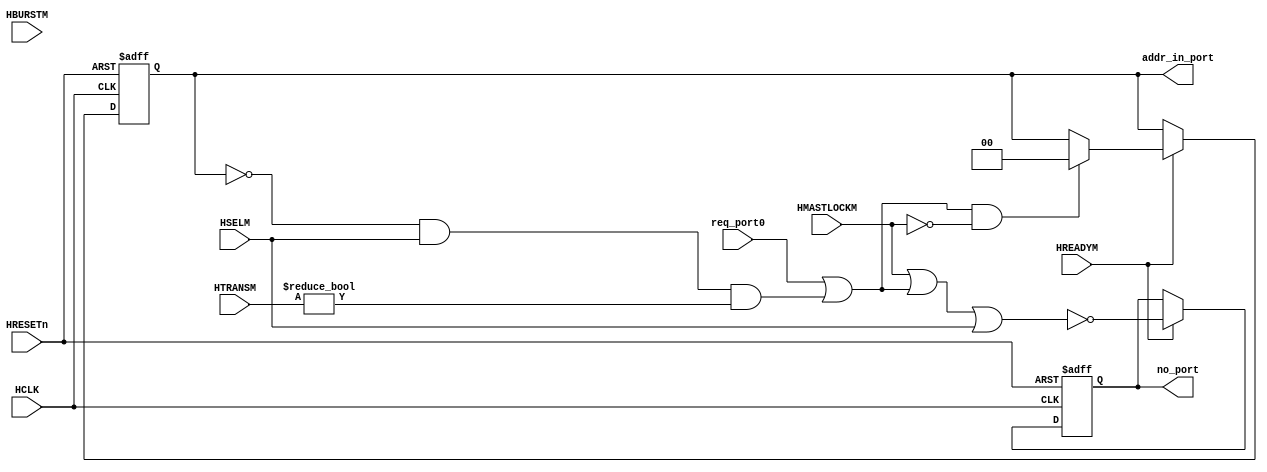
//-----------------------------------------------------------------------------
// The confidential and proprietary information contained in this file may
// only be used by a person authorised under and to the extent permitted
// by a subsisting licensing agreement from ARM Limited.
//
//            (C) COPYRIGHT 2001-2013-2021 ARM Limited.
//                ALL RIGHTS RESERVED
//
// This entire notice must be reproduced on all copies of this file
// and copies of this file may only be made by a person if such person is
// permitted to do so under the terms of a subsisting license agreement
// from ARM Limited.
//
//      SVN Information
//
//      Checked In          : $Date: 2012-10-15 18:01:36 +0100 (Mon, 15 Oct 2012) $
//
//      Revision            : $Revision: 225465 $
//
//      Release Information : Cortex-M System Design Kit-r1p0-01rel0
//
//-----------------------------------------------------------------------------
//
//------------------------------------------------------------------------------
//  Abstract             : The Output Arbitration is normally used to determine
//                         which of the input stages will be given access to
//                         the shared slave. However, for this output port, only
//                         one sparse connection is declared and arbitration
//                         is simplified to a 'grant when requested' function.
//
//  Notes               : The bus matrix has sparse connectivity and the
//                         burst arbiter scheme has been overridden for this
//                         instance only.
//
//-----------------------------------------------------------------------------

`timescale 1ns/1ps

module RealTankSoCBusArbM1 (

    // Common AHB signals
    HCLK ,
    HRESETn,

    // Input port request signals
    req_port0,

    HREADYM,
    HSELM,
    HTRANSM,
    HBURSTM,
    HMASTLOCKM,

    // Arbiter outputs
    addr_in_port,
    no_port

    );


// -----------------------------------------------------------------------------
// Input and Output declarations
// -----------------------------------------------------------------------------

    // Common AHB signals
    input        HCLK;         // AHB system clock
    input        HRESETn;      // AHB system reset

    input        req_port0;     // Port 0 request signal

    input        HREADYM;      // Transfer done
    input        HSELM;        // Slave select line
    input  [1:0] HTRANSM;      // Transfer type
    input  [2:0] HBURSTM;      // Burst type
    input        HMASTLOCKM;   // Locked transfer

    output [1:0] addr_in_port;   // Port address input
    output       no_port;       // No port selected signal


// -----------------------------------------------------------------------------
// Wire declarations
// -----------------------------------------------------------------------------
    wire       HCLK;           // AHB system clock
    wire       HRESETn;        // AHB system reset
    wire       req_port0;       // Port 0 request signal
    wire       HREADYM;        // Transfer done
    wire       HSELM;          // Slave select line
    wire [1:0] HTRANSM;        // Transfer type
    wire       HMASTLOCKM;     // Locked transfer
    wire [1:0] addr_in_port;     // Port address input
    reg        no_port;         // No port selected signal


// -----------------------------------------------------------------------------
// Signal declarations
// -----------------------------------------------------------------------------
    wire [1:0] addr_in_port_next; // D-input of addr_in_port
    reg  [1:0] iaddr_in_port;    // Internal version of addr_in_port
    wire       no_port_next;     // D-input of no_port
    wire       request;        // Slave port request


// -----------------------------------------------------------------------------
// Beginning of main code
// -----------------------------------------------------------------------------
//------------------------------------------------------------------------------
// Port Selection
//------------------------------------------------------------------------------
// The single output 'arbitration' function looks at the request to use the
//  output port and grants it appropriately. The input port will remain granted
//  if it is performing IDLE transfers to the selected slave. If this is not
//  the case then the no_port signal will be asserted which indicates that the
//  input port should be deselected.

  assign request = req_port0 | ( (iaddr_in_port == 2'b00) & HSELM &
                                (HTRANSM != 2'b00) );

  assign no_port_next     = ! ( HMASTLOCKM | request | HSELM );
  assign addr_in_port_next = ( request & !HMASTLOCKM ) ? 2'b00 : iaddr_in_port;

  // Sequential process
  always @ (negedge HRESETn or posedge HCLK)
  begin : p_addr_in_port_reg
    if (~HRESETn)
      begin
        no_port      <= 1'b1;
        iaddr_in_port <= {2{1'b0}};
      end
    else
      if (HREADYM)
        begin
          no_port      <= no_port_next;
          iaddr_in_port <= addr_in_port_next;
        end
  end // block: p_addr_in_port_reg

  // Drive output with internal version
  assign addr_in_port = iaddr_in_port;


endmodule

// --================================= End ===================================--